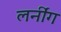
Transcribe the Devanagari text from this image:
लर्नींग